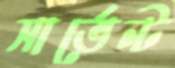
সার্ভেন্ট